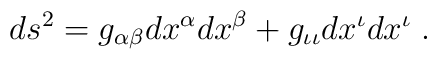
ds^2 =   g_{\alpha\beta} dx^{\alpha} dx^{\beta}          + g_{\iota\iota} dx^\iota dx^\iota  \; .